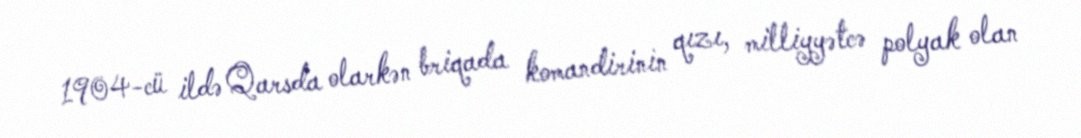
1904-cü ildə Qarsda olarkən briqada komandirinin qızı, milliyyətcə polyak olan